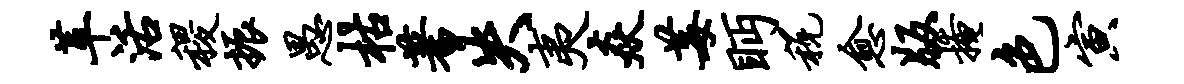
革活稷振愚枯蓍失夷焱莓眄税愈版掩色寅